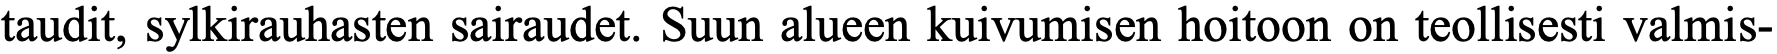
taudit, sylkirauhasten sairaudet. Suun alueen kuivumisen hoitoon on teollisesti valmis-